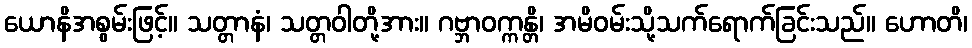
ယောနိအစွမ်းဖြင့်။ သတ္တာနံ၊ သတ္တဝါတို့အား။ ဂဗ္ဘာဝက္ကန္တိ၊ အမိဝမ်းသို့သက်ရောက်ခြင်းသည်။ ဟောတိ၊